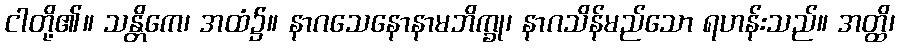
ငါတို့၏။ သန္တိကေ၊ အထံ၌။ နာဂသေနောနာမဘိက္ခု၊ နာဂသိန်မည်သော ရဟန်းသည်။ အတ္ထိ၊